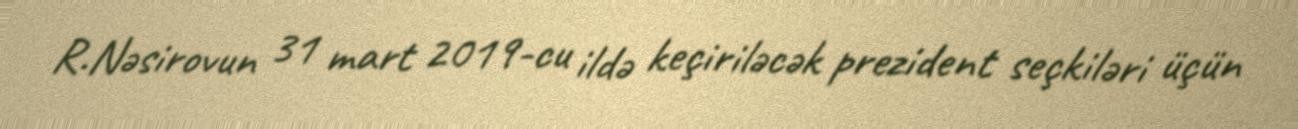
R.Nəsirovun 31 mart 2019-cu ildə keçiriləcək prezident seçkiləri üçün